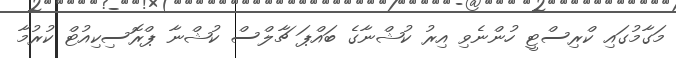
މަގާމުގައި ކްރިސްޓީ ހުންނެވި އިރު ކުޝްނާގެ ބައްޕަ ޗާލްސް ކުޝްނާ ޕްރޮސިކިއުޓް ކުރުމާ